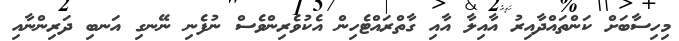
މިހިސާބަށް ކަންތައްދާއިރު އާއިލާ އާއި ގާތްރައްޓެހިން އެކުވެރިންވެސް ނުފެނި ނޭނގި އަނބި ދަރިންނާއި